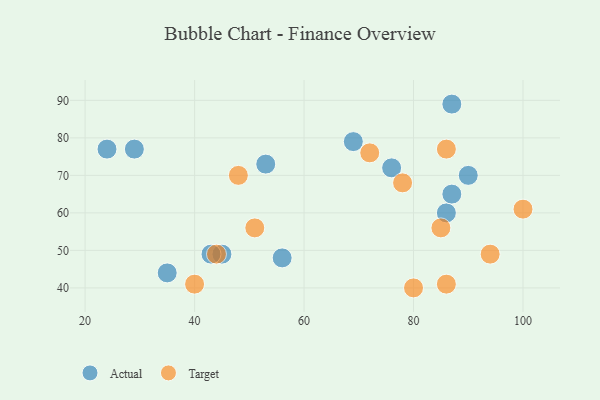
{"axis": {"x": "GDP", "y": "Life Expectancy"}, "legend": ["Actual", "Target"], "data": [{"x": "86", "y": 60, "type": "Actual"}, {"x": "76", "y": 72, "type": "Actual"}, {"x": "45", "y": 49, "type": "Actual"}, {"x": "87", "y": 89, "type": "Actual"}, {"x": "56", "y": 48, "type": "Actual"}, {"x": "24", "y": 77, "type": "Actual"}, {"x": "69", "y": 79, "type": "Actual"}, {"x": "43", "y": 49, "type": "Actual"}, {"x": "35", "y": 44, "type": "Actual"}, {"x": "53", "y": 73, "type": "Actual"}, {"x": "87", "y": 65, "type": "Actual"}, {"x": "90", "y": 70, "type": "Actual"}, {"x": "29", "y": 77, "type": "Actual"}, {"x": "80", "y": 40, "type": "Target"}, {"x": "78", "y": 68, "type": "Target"}, {"x": "86", "y": 77, "type": "Target"}, {"x": "51", "y": 56, "type": "Target"}, {"x": "48", "y": 70, "type": "Target"}, {"x": "44", "y": 49, "type": "Target"}, {"x": "85", "y": 56, "type": "Target"}, {"x": "100", "y": 61, "type": "Target"}, {"x": "40", "y": 41, "type": "Target"}, {"x": "86", "y": 41, "type": "Target"}, {"x": "94", "y": 49, "type": "Target"}, {"x": "72", "y": 76, "type": "Target"}]}